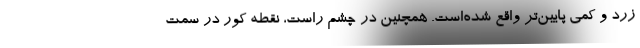
زرد و کمی پایین‌تر واقع شده‌است. همچنین در چشم راست، نقطه کور در سمت